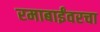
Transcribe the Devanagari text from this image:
रमाबाईंवरचा